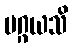
မဂ္ဂယသိ